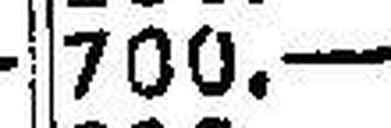
700.—